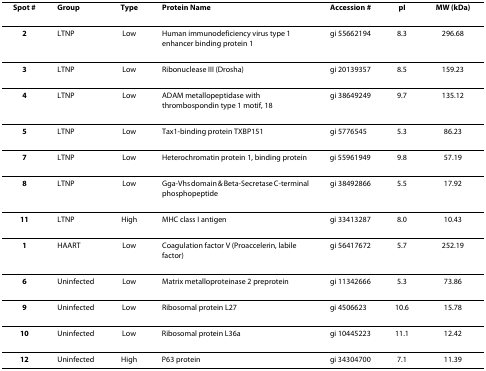
| Spot # | Group | Type | Protein Name | Accession # | pI | MW (kDa) |
 | --- | --- | --- | --- | --- | --- | --- |
 | 2 | LTNP | Low | Human immunodeficiency virus type 1 enhancer binding protein 1 | gi 55662194 | 8.3 | 296.68 |
 | 3 | LTNP | Low | Ribonuclease III (Drosha) | gi 20139357 | 8.5 | 159.23 |
 | 4 | LTNP | Low | ADAM metallopeptidase with thrombospondin type 1 motif, 18 | gi 38649249 | 9.7 | 135.12 |
 | 5 | LTNP | Low | Tax1-binding protein TXBP151 | gi 5776545 | 5.3 | 86.23 |
 | 7 | LTNP | Low | Heterochromatin protein 1, binding protein | gi 55961949 | 9.8 | 57.19 |
 | 8 | LTNP | Low | Gga-Vhs domain & Beta-Secretase C-terminal phosphopeptide | gi 38492866 | 5.5 | 17.92 |
 | 11 | LTNP | High | MHC class I antigen | gi 33413287 | 8.0 | 10.43 |
 | 1 | HAART | Low | Coagulation factor V (Proaccelerin, labile factor) | gi 56417672 | 5.7 | 252.19 |
 | 6 | Uninfected | Low | Matrix metalloproteinase 2 preprotein | gi 11342666 | 5.3 | 73.86 |
 | 9 | Uninfected | Low | Ribosomal protein L27 | gi 4506623 | 10.6 | 15.78 |
 | 10 | Uninfected | Low | Ribosomal protein L36a | gi 10445223 | 11.1 | 12.42 |
 | 12 | Uninfected | High | P63 protein | gi 34304700 | 7.1 | 11.39 |